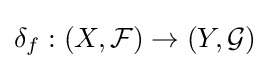
\delta _{f}:(X,{\mathcal {F}})\to (Y,{\mathcal {G}})